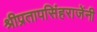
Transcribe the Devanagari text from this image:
श्रीप्रतापसिंहराजेंनी